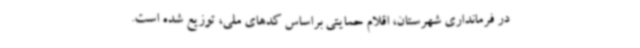
در فرمانداری شهرستان، اقلام حمایتی براساس کدهای ملی، توزیع شده است.